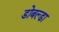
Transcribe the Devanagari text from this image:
डोबल्डा